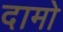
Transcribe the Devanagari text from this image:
दामो